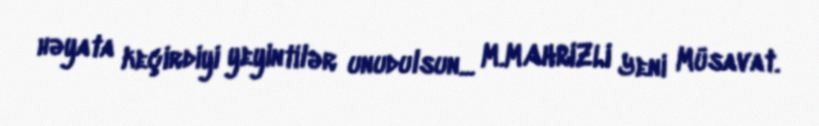
həyata keçirdiyi yeyintilər unudulsun... M.MAHRIZLI Yeni Müsavat.